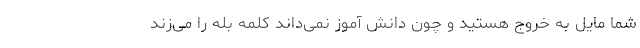
شما مایل به خروج هستید و چون دانش آموز نمی‌داند کلمه بله را می‌زند